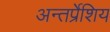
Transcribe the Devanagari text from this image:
अन्तर्प्रेशिय